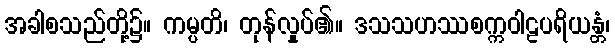
အခါစသည်တို့၌။ ကမ္ပတိ၊ တုန်လှုပ်၏။ ဒသသဟဿစက္ကဝါဠပရိယန္တံ၊